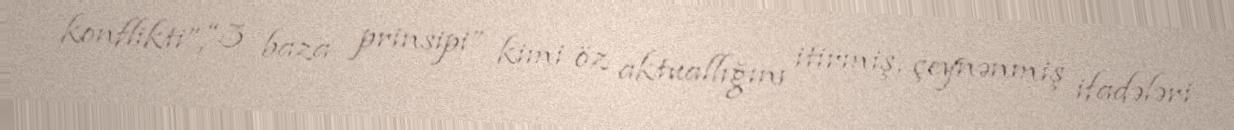
konflikti”, “3 baza prinsipi” kimi öz aktuallığını itirmiş, çeynənmiş ifadələri